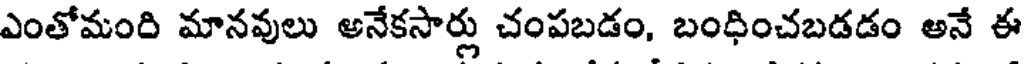
ఎంతోమంది మానవులు అనేకసార్లు చంపబడం, బంధించబడడం అనే ఈ